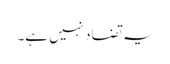
یہ تضاد نہیں ہے۔